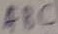
Text: ABC